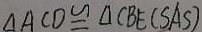
\Delta A C D \cong \Delta C B E ( S A S )